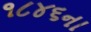
૧૮૪૬ના